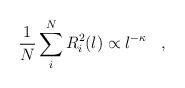
LaTeX: \begin{align*}\frac{1}{N}\sum_i^N R_i^2(l)\propto l^{-\kappa} \,\,\,\,\,,\,\,\,\,\,\end{align*}